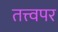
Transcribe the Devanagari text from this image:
तत्त्वपर